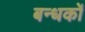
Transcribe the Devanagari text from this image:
बन्धकों